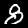
Digit: 8